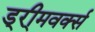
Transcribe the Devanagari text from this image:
ड्री्मवर्क्स